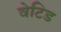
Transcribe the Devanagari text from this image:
वेटिड